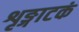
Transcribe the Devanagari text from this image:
शृङ्गाटकं